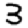
Digit: 3